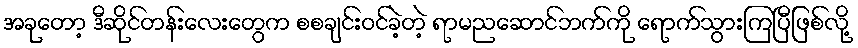
အခုတော့ ဒီဆိုင်တန်းလေးတွေက စစချင်းဝင်ခဲ့တဲ့ ရာမညဆောင်ဘက်ကို ရောက်သွားကြပြီဖြစ်လို့